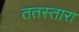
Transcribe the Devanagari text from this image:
ततस्तारा